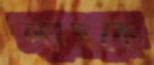
ল্যাম্বকে